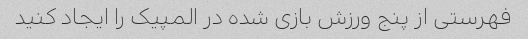
فهرستی از پنج ورزش بازی شده در المپیک را ایجاد کنید